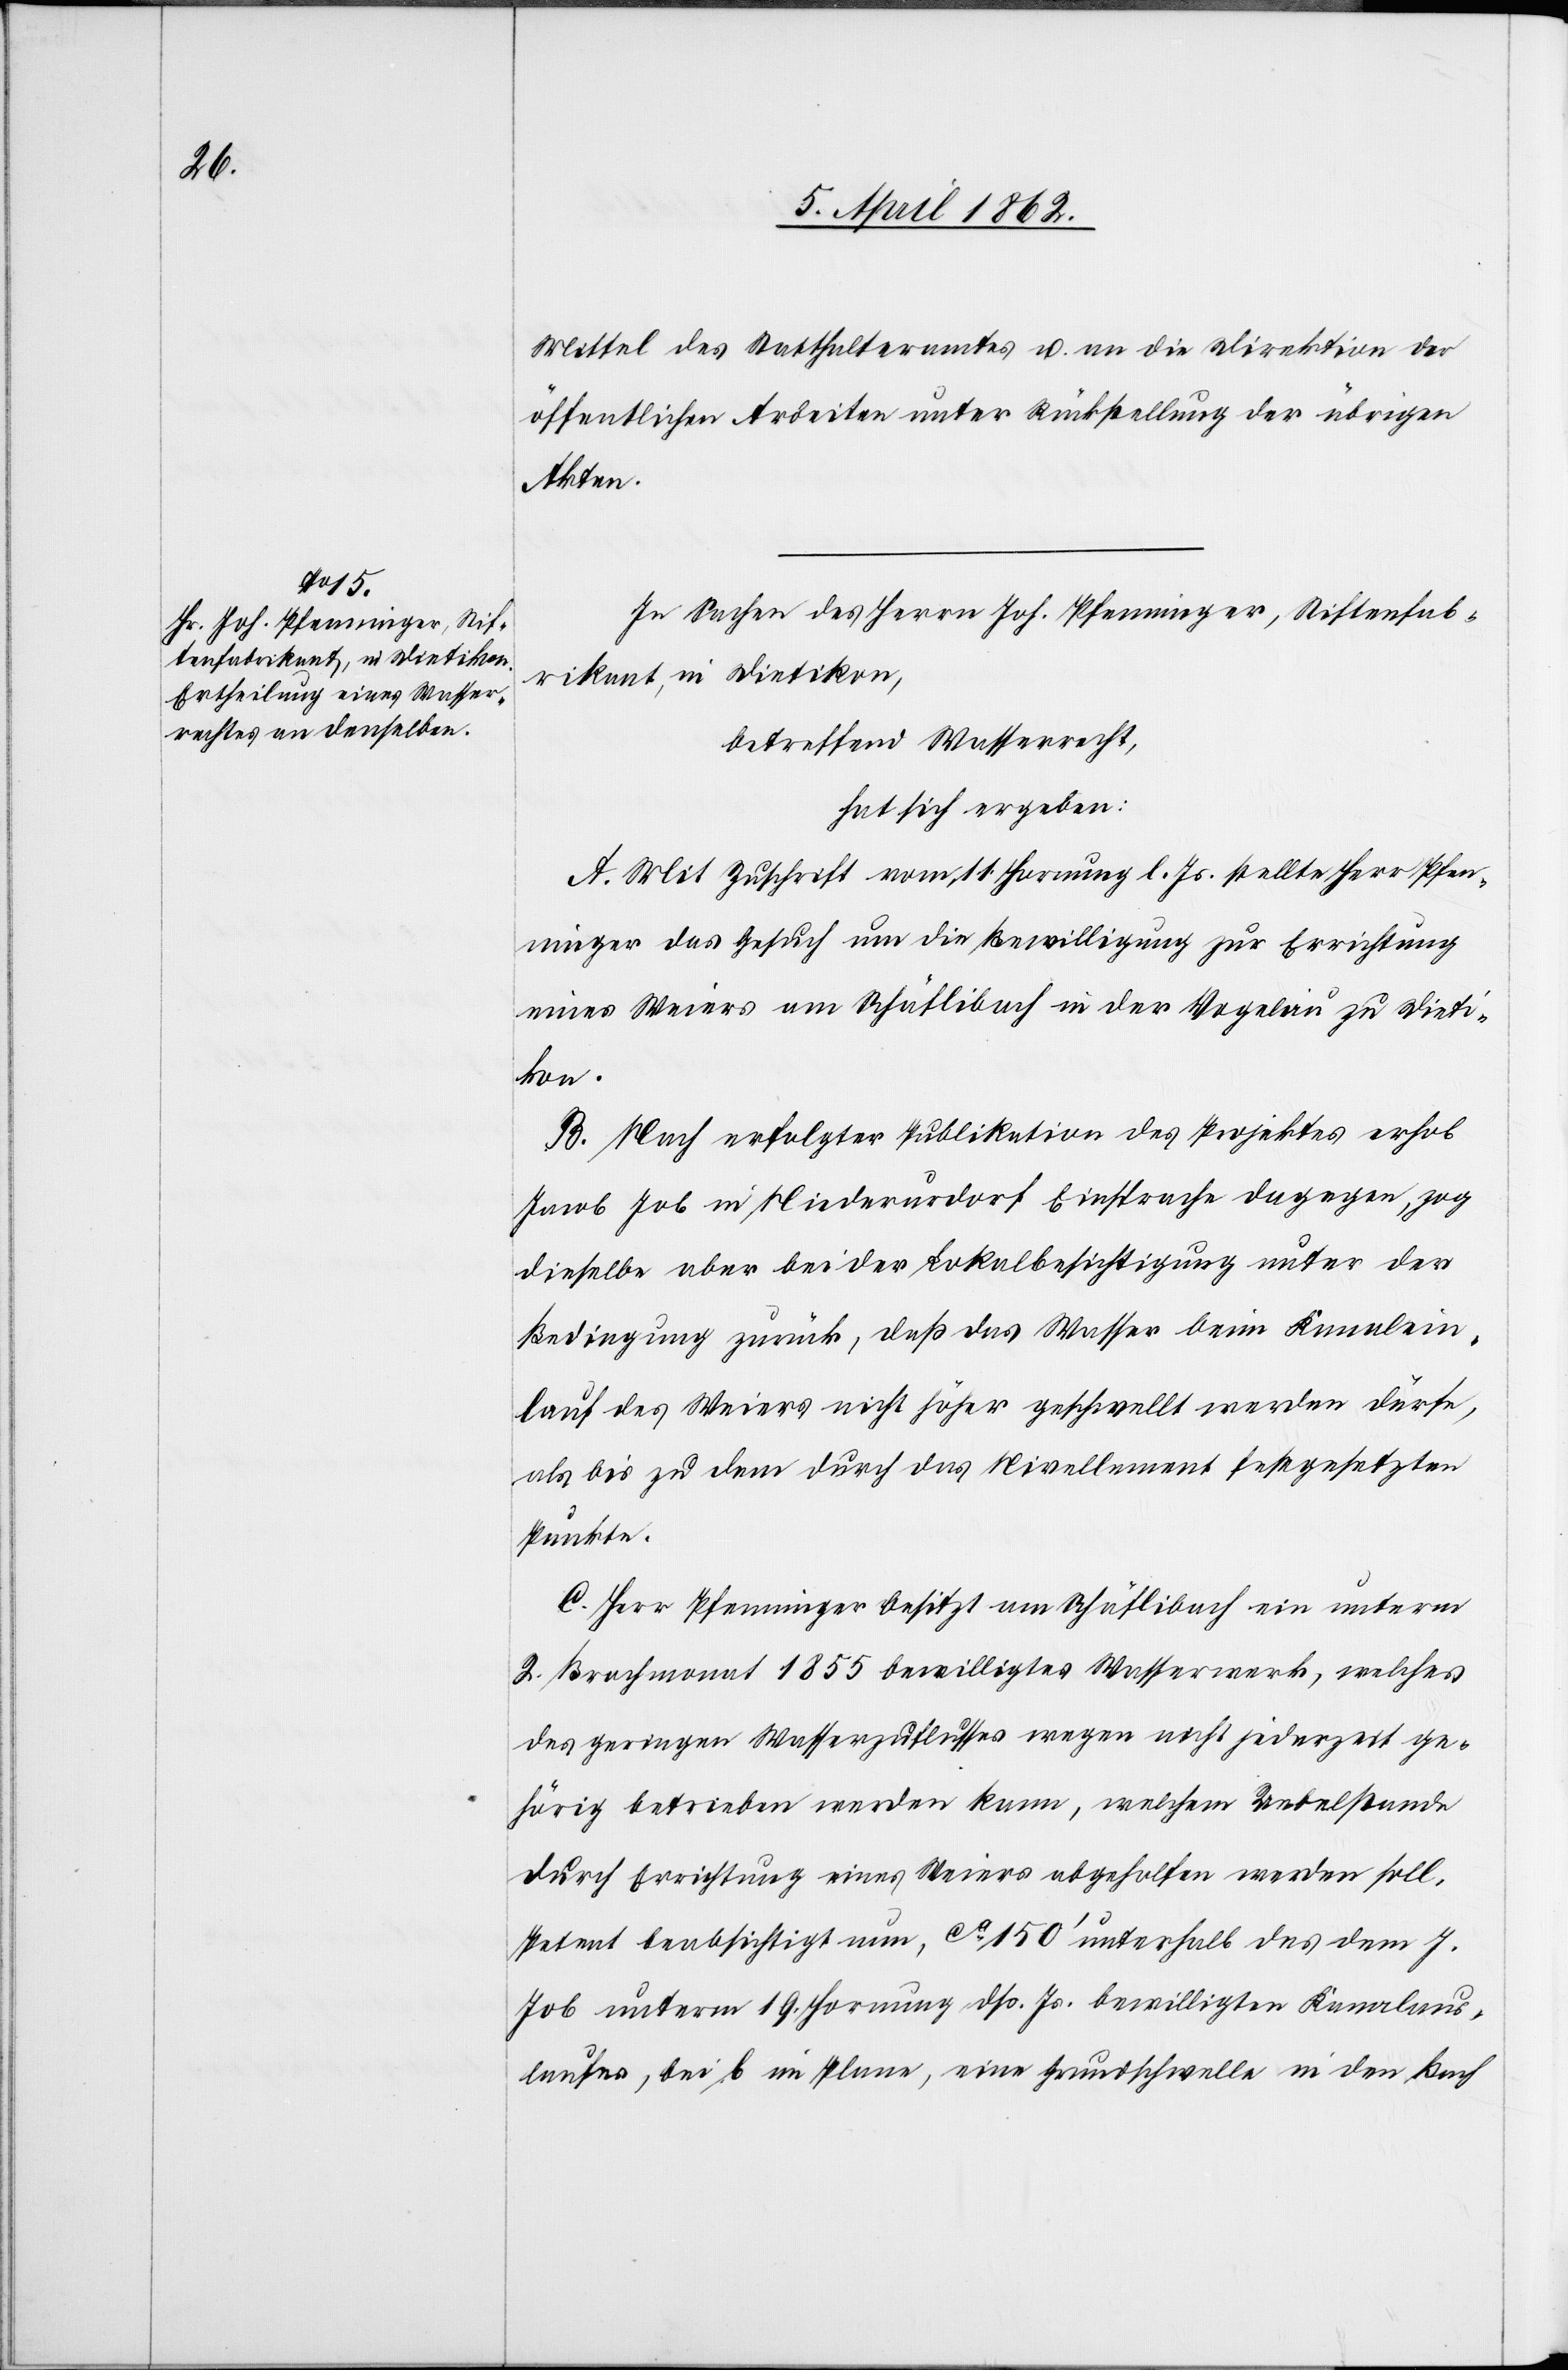
Mittel des Statthalteramtes u. an die Direktion der
öffentlichen Arbeiten unter Rückstellung der übrigen
Akten.
In Sachen des Herrn Joh. Pfenninger, Stiftenfab¬
rikant, in Dietikon,
betreffend Wasserrecht,
hat sich ergeben:
A. Mit Zuschrift vom 11. Hornung l. J. stellte Herr Pfen¬
ninger das Gesuch um die Bewilligung zur Errichtung
eines Weiers am Schäflibach in der Vogelau zu Dieti¬
kon.
B. Nach erfolgter Publikation des Projektes erhob
Jacob Job in Niederurdorf Einsprache dagegen, zog
dieselbe aber bei der Lokalbesichtigung unter der
Bedingung zurück, daß das Wasser beim Kanalein¬
lauf des Weiers nicht höher geschwellt werden dürfe,
als bis zu dem durch das Nivellement festgesetzten
Punkte.
C. Herr Pfenninger besitzt am Schäflibach ein unterm
2. Brachmonat 1855 bewilligtes Wasserwerk, welches
des geringen Wasserzuflusses wegen nicht jederzeit ge¬
hörig betrieben werden kann, welchem Uebelstande
durch Errichtung eines Weiers abgeholfen werden soll,
Petent beabsichtigt nun, ca. 150’ unterhalb des dem J.
Job unterm 19. Hornung dß. Js. bewilligten Kanalaus¬
laufes, bei b im Plane, eine Grundschwelle in den Bach